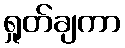
ရှုတ်ချကာ